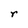
Character: r